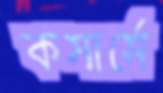
কমার্সে